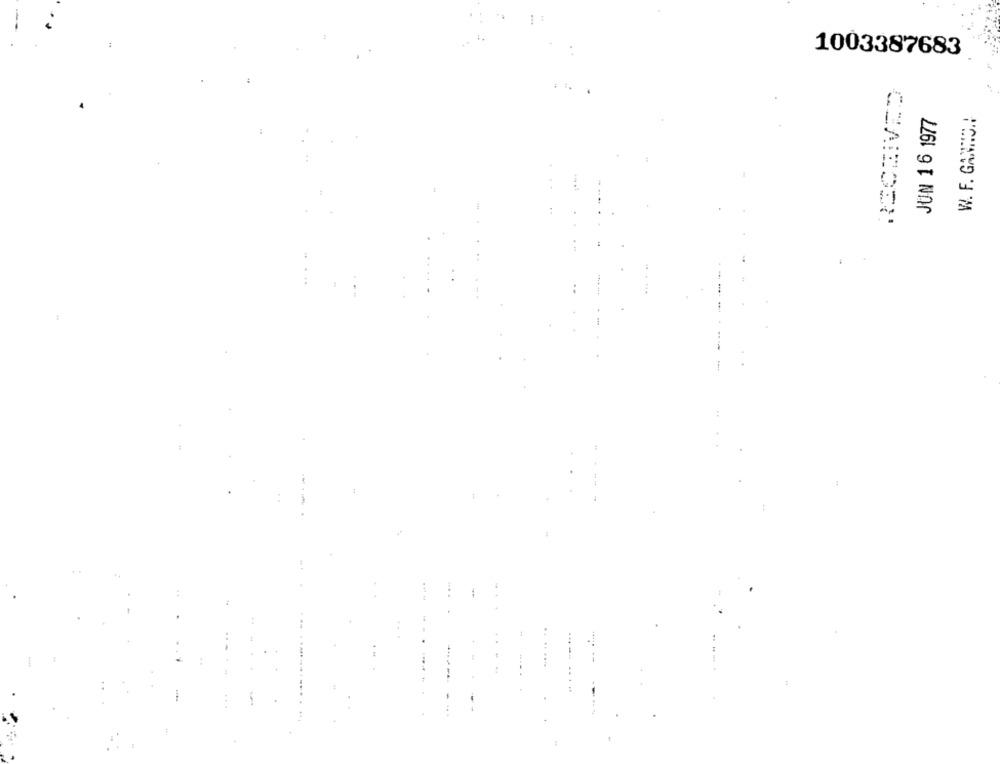
1003387683
JUN 16 1977
W. F. GANNON
..
...